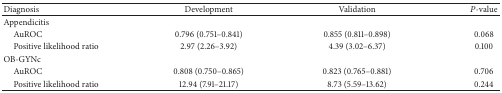
<table><thead><tr><td><b>Diagnosis</b></td><td><b>Development</b></td><td><b>Validation</b></td><td><b><i>P</i>-value</b></td></tr></thead><tbody><tr><td>Appendicitis</td><td> </td><td> </td><td> </td></tr><tr><td> AuROC</td><td>0.796 (0.751–0.841)</td><td>0.855 (0.811–0.898)</td><td>0.068</td></tr><tr><td> Positive likelihood ratio</td><td>2.97 (2.26–3.92)</td><td>4.39 (3.02–6.37)</td><td>0.100</td></tr><tr><td>OB-GYNc</td><td> </td><td> </td><td> </td></tr><tr><td> AuROC</td><td>0.808 (0.750–0.865)</td><td>0.823 (0.765–0.881)</td><td>0.706</td></tr><tr><td> Positive likelihood ratio</td><td>12.94 (7.91–21.17)</td><td>8.73 (5.59–13.62)</td><td>0.244</td></tr></tbody></table>